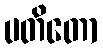
ပတိတော